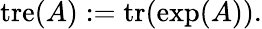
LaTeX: \operatorname{tre}(A):=\operatorname{tr}(\exp(A)).